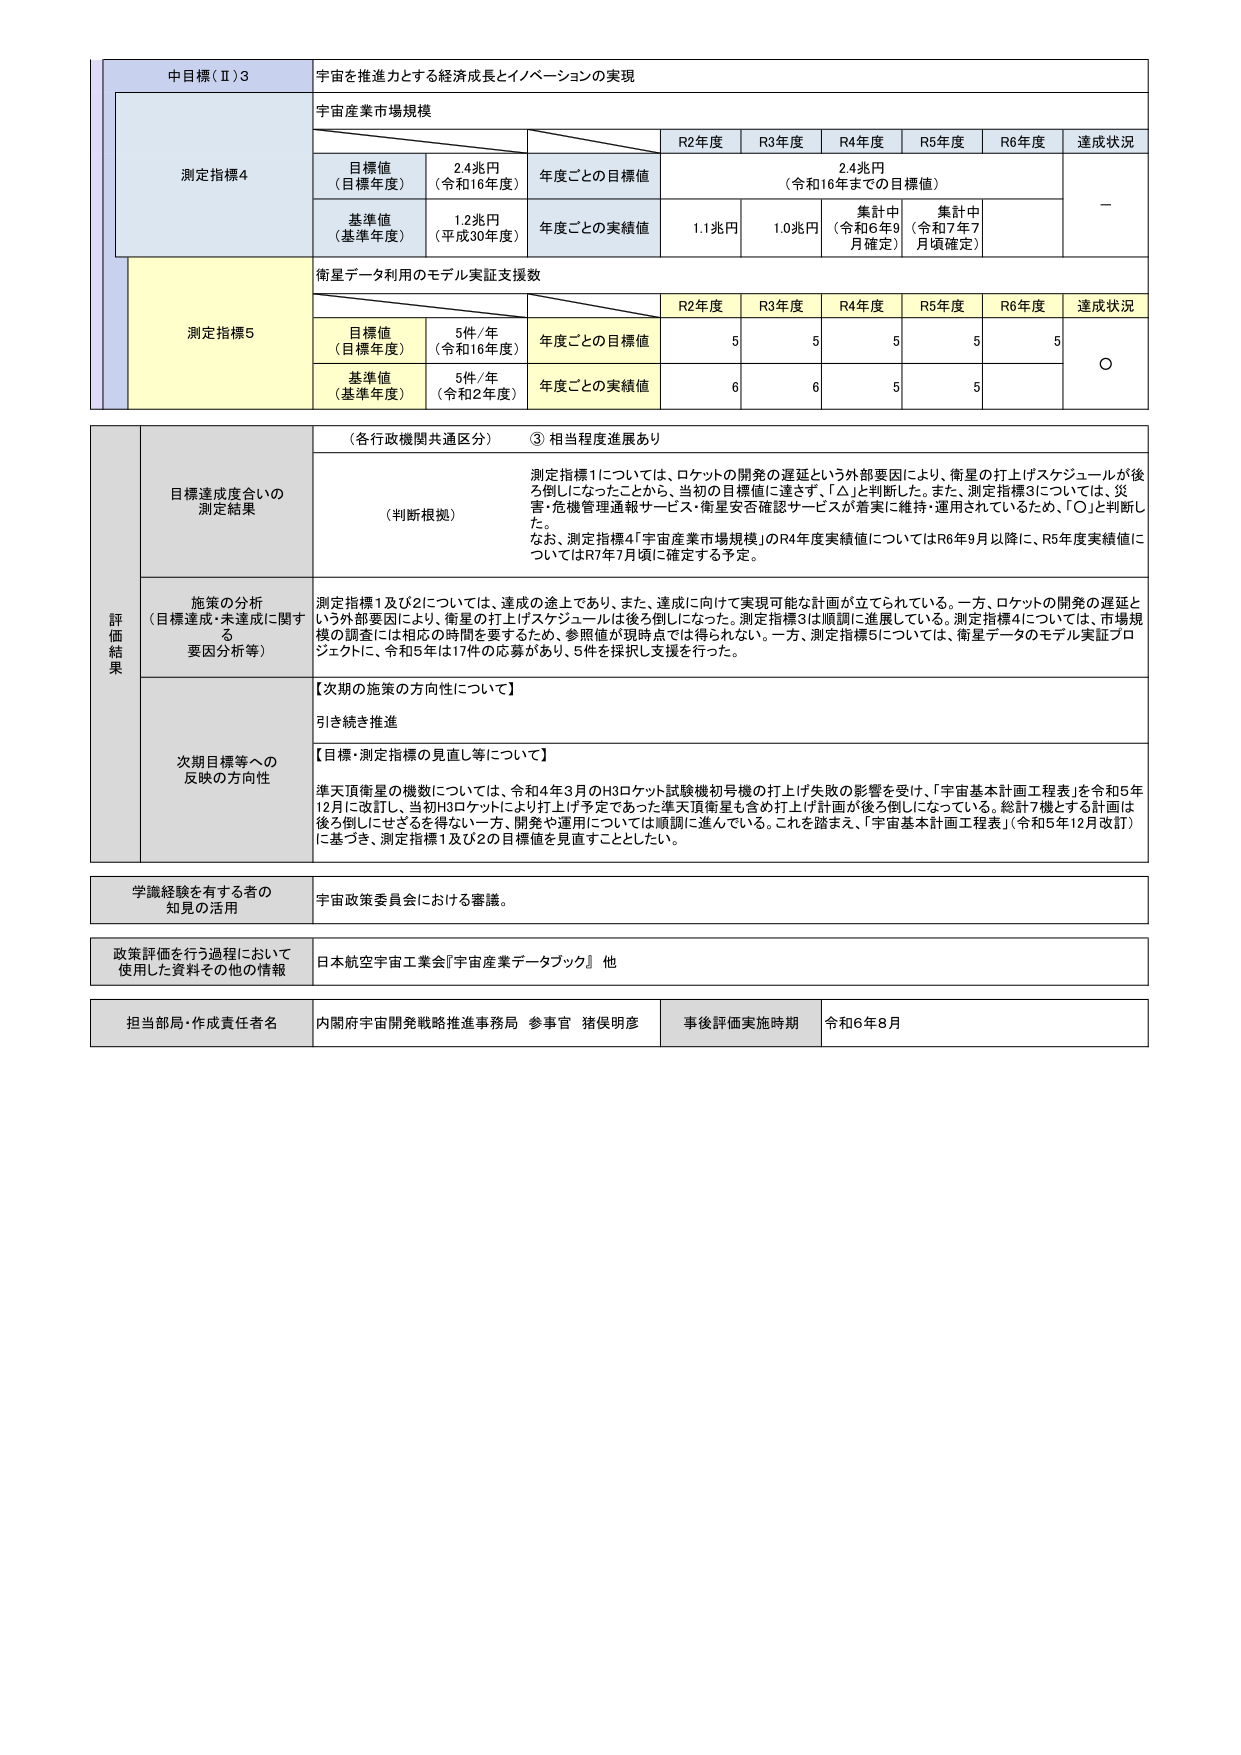
中目標（Ⅱ）3
宇宙を推進力とする経済成長とイノベーションの実現

測定指標4
宇宙産業市場規模

目標値
（目標年度）
2.4兆円
（令和16年度）

年度ごとの目標値
R2年度
R3年度
R4年度
R5年度
R6年度
達成状況

2.4兆円
（令和16年までの目標値）

基準値
（基準年度）
1.2兆円
（平成30年度）

年度ごとの実績値
1.1兆円
1.0兆円
集計中
（令和6年9月頃確定）
集計中
（令和7年7月頃確定）
－

測定指標5
衛星データ利用のモデル実証支援数

目標値
（目標年度）
5件/年
（令和16年度）

年度ごとの目標値
R2年度
R3年度
R4年度
R5年度
R6年度
達成状況

5
5
5
5
5

基準値
（基準年度）
5件/年
（令和2年度）

年度ごとの実績値
6
6
5
5
○

評価結果
目標達成度合いの測定結果
（各行行政機関共通区分）
③ 相当程度進展あり

（判断根拠）
測定指標1については、ロケットの開発の遅延という外部要因により、衛星の打上げスケジュールが後ろ倒しになったことから、当初の目標値に達せず、「△」と判断した。また、測定指標3については、災害・危機管理通報サービス・衛星安否確認サービスが着実に維持・運用されているため、「○」と判断した。
なお、測定指標4「宇宙産業市場規模」のR4年度実績値についてはR6年9月以降に、R5年度実績値についてはR7年7月頃に確定する予定。

施策の分析
（目標達成・未達成に関する要因分析等）
測定指標1及び2については、達成の途上であり、また、達成に向けて実現可能な計画が立てられている。一方、ロケットの開発の遅延という外部要因により、衛星の打上げスケジュールは後ろ倒しになった。測定指標3は順調に進展している。測定指標4については、市場規模の調査には対応の時間を要するため、参照値が現時点では得られない。一方、測定指標5については、衛星データのモデル実証プロジェクトに、令和5年は17件の応募があり、5件を採択し支援を行った。

次期目標等への反映の方向性
【次期の施策の方向性について】
引き続き推進

【目標・測定指標の見直し等について】
準天頂衛星の機数については、令和4年3月のH3ロケット試験機初号機の打上げ失敗の影響を受け、「宇宙基本計画工程表」を令和5年12月に改訂し、当初H3ロケットにより打上げ予定であった準天頂衛星も含め打上げ計画が後ろ倒しになっている。総計7機とする計画は後ろ倒しにせざるを得ない一方、開発や運用については順調に進んでいる。これを踏まえ、「宇宙基本計画工程表」（令和5年12月改訂）に基づき、測定指標1及び2の目標値を見直すこととした。

学識経験を有する者の知見の活用
宇宙政策委員会における審議。

政策評価を行う過程において使用した資料その他の情報
日本航空宇宙工業会『宇宙産業データブック』 他

担当部局・作成責任者名
内閣府宇宙開発戦略推進事務局 参事官 猪俣明彦
事後評価実施時期
令和6年8月